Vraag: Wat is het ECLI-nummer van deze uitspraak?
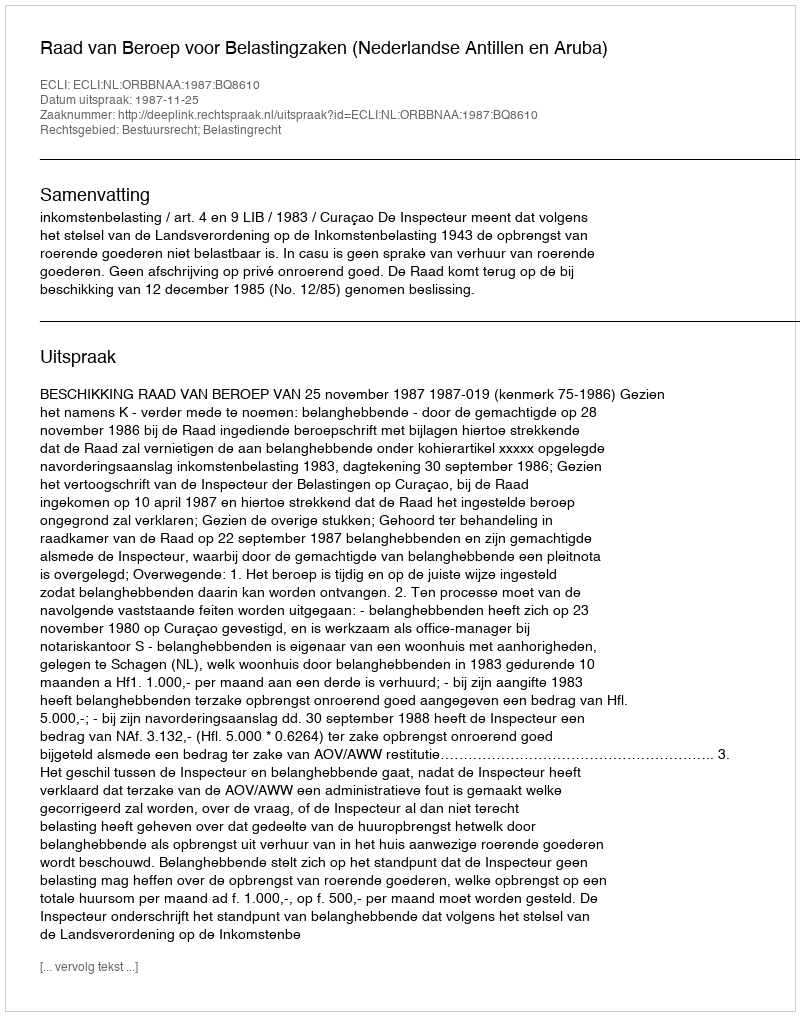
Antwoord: ECLI:NL:ORBBNAA:1987:BQ8610